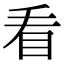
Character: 看